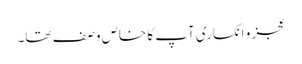
عجز و انکساری آپ کا خاص وصف تھا۔